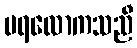
ပရလောကသညီ